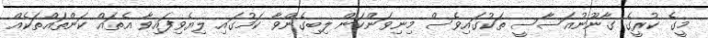
މީގެ ކުރީގެ ގާނޫނުއަސާސީ ތަކުގައިވެސް މިނިވަންކަން ލިބިގެންވާ ކަމުގައި ލިޔެވިފައިވާ އެތައް ކަންތައްތަކެއް